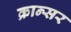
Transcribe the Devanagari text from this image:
क्रान्सर